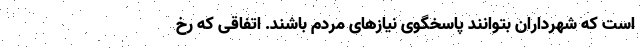
است که شهرداران بتوانند پاسخگوی نیاز‌های مردم باشند. اتفاقی که رخ